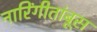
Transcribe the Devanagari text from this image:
नारिंगीतांबूस